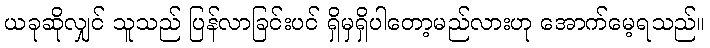
ယခုဆိုလျှင် သူသည် ပြန်လာခြင်းပင် ရှိမှရှိပါတော့မည်လားဟု အောက်မေ့ရသည်။